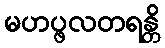
မဟပ္ဖလတရန္တိ